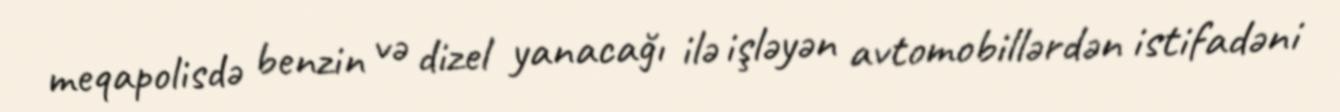
meqapolisdə benzin və dizel yanacağı ilə işləyən avtomobillərdən istifadəni